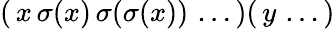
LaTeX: (\, x\, \sigma(x)\, \sigma(\sigma(x))\, \ldots\, )(\, y\, \ldots\, )